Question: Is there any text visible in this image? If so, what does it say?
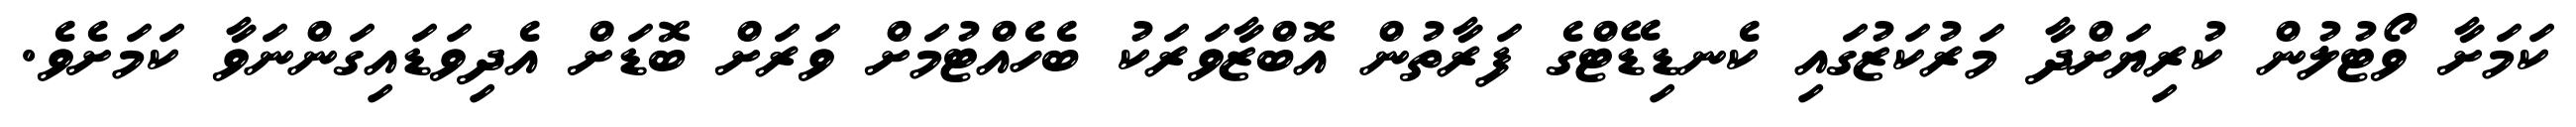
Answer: ކަމަށާ ވޯޓުލުން ކުރިޔަށްދާ މަރުކަޒުގައި ކެނޑިޑޭޓްގެ ފަރާތުން އޮބްޒާވަރަކު ބެހެއްޓުމަށް ވަރަށް ބޮޑަށް އެދިވަޑައިގަންނަވާ ކަމަށެވެ.